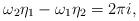
LaTeX: \begin{align*}\omega_2\eta_1-\omega_1\eta_2=2\pi i,\end{align*}